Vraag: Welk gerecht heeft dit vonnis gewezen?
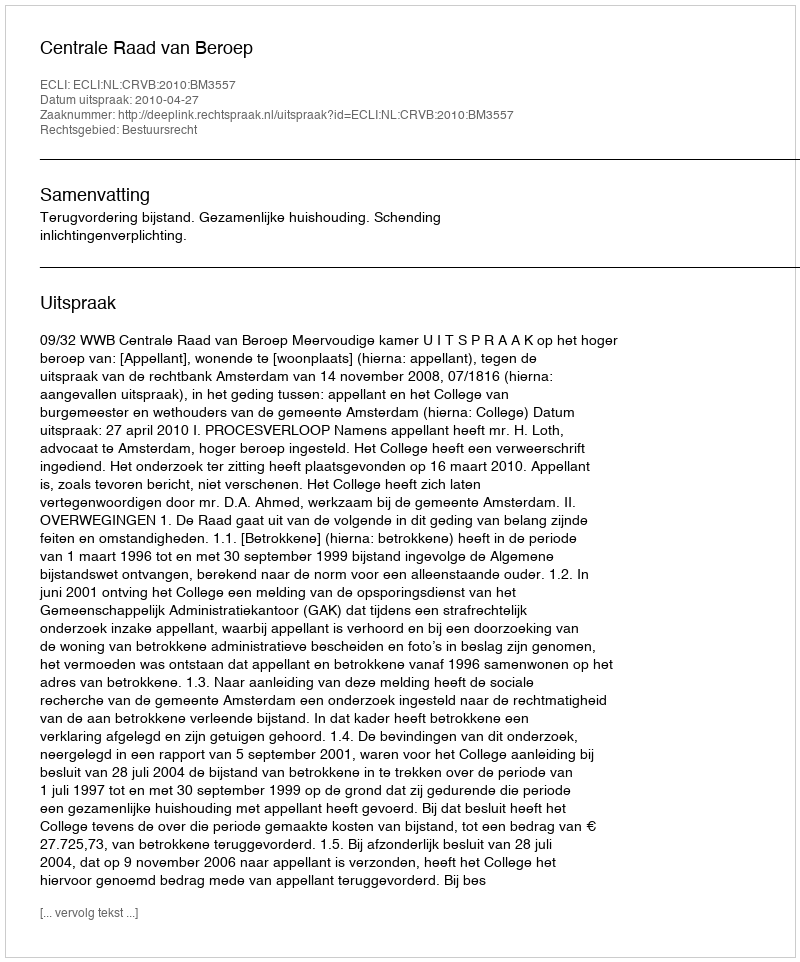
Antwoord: Centrale Raad van Beroep